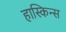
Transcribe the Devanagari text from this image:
हास्किन्स